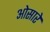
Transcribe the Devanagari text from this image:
ओसारे